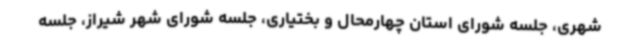
شهری، جلسه شورای استان چهارمحال و بختیاری، جلسه شورای شهر شیراز، جلسه